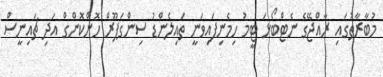
މުބާރާތުގައި ރާއްޖޭގެ ނެޓްބޯޅަ ޓީމު ހިމެނިފައިވަނީ ތައިލެންޑު ސިންގަޕޫރް ހޮންކޮންގް އަދި ޗައިނީސް